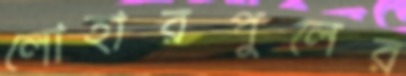
লোহারপুলের